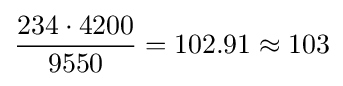
{234\cdot 4200 \over 9550}=102.91\approx 103